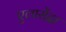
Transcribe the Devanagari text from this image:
एलासेंद्रा